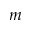
m